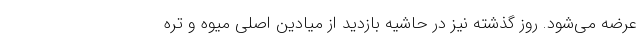
عرضه می‌شود. روز گذشته نیز در حاشیه بازدید از میادین اصلی میوه و تره